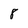
Character: 8